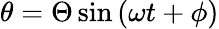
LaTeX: \theta=\Theta\sin\left(\omega t+\phi\right)